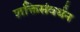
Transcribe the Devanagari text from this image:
शक्तिसंवर्धन